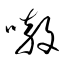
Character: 嗷